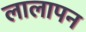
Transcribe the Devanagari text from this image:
लालापन